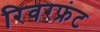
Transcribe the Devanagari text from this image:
रिवरफ्रंट